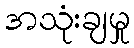
အသုံးချမှု